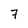
Character: 7